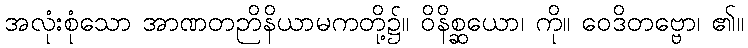
အလုံးစုံသော အာဏတဉာိနိယာမကတို့၌။ ဝိနိစ္ဆယော၊ ကို။ ဝေဒိတဗ္ဗော၊ ၏။